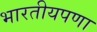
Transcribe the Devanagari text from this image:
भारतीयपणा